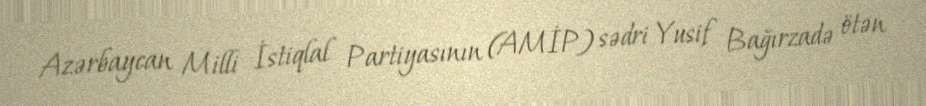
Azərbaycan Milli İstiqlal Partiyasının (AMİP) sədri Yusif Bağırzadə ötən